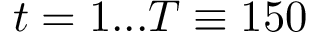
t = 1 . . . T \equiv 1 5 0